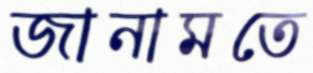
জানামতে